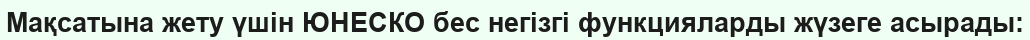
Мақсатына жету үшін ЮНЕСКО бес негізгі функцияларды жүзеге асырады: